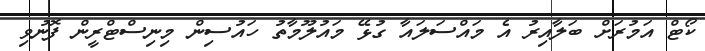
ކޯޓް އަމުރަށް ބަލާއިރު އެ މައްސަލައާ ގުޅޭ މައުލޫމާތު ހައުސިން މިނިސްޓްރީން ފޮނުވި